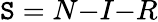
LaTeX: \mathtt{S}=N{-}I{-}R